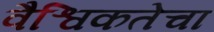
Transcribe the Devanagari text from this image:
वैश्विकतेचा